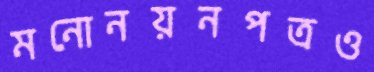
মনোনয়নপত্রও